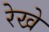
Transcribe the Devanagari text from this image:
रेखे